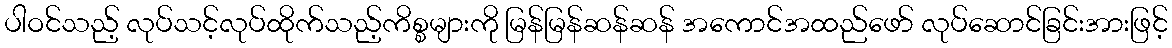
ပါဝင်သည့် လုပ်သင့်လုပ်ထိုက်သည့်ကိစ္စများကို မြန်မြန်ဆန်ဆန် အကောင်အထည်ဖော် လုပ်ဆောင်ခြင်းအားဖြင့်